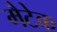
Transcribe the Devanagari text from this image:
मैटेक